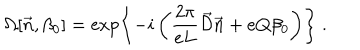
\Omega [ \vec { n } , \beta _ { 0 } ] = \exp \left\{ - i \left( \frac { 2 \pi } { e L } \vec { \cal D } \vec { n } + e Q \beta _ { 0 } \right) \right\} \ .